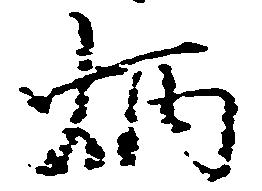
炳